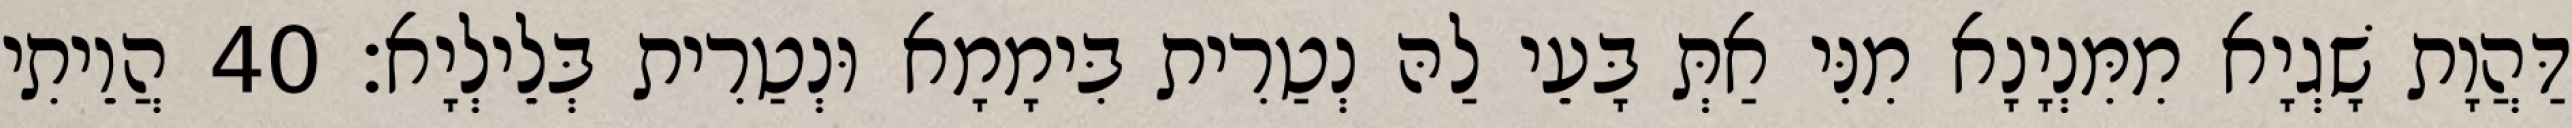
דַּהֲוָת שָׁגְיָא מִמִּנְיָנָא מִנִּי אַתְּ בָּעֵי לַהּ נְטַרִית בִּימָמָא וּנְטַרִית בְּלֵילְיָא׃ 40 הֲוֵיתִי